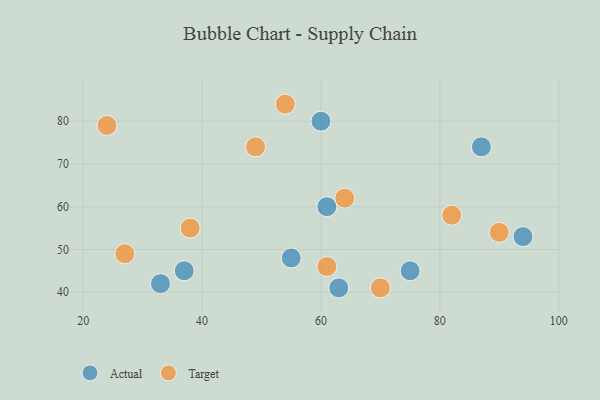
{"axis": {"x": "GDP", "y": "Life Expectancy"}, "legend": ["Actual", "Target"], "data": [{"x": "33", "y": 42, "type": "Actual"}, {"x": "60", "y": 80, "type": "Actual"}, {"x": "61", "y": 60, "type": "Actual"}, {"x": "87", "y": 74, "type": "Actual"}, {"x": "94", "y": 53, "type": "Actual"}, {"x": "37", "y": 45, "type": "Actual"}, {"x": "55", "y": 48, "type": "Actual"}, {"x": "75", "y": 45, "type": "Actual"}, {"x": "63", "y": 41, "type": "Actual"}, {"x": "38", "y": 55, "type": "Target"}, {"x": "82", "y": 58, "type": "Target"}, {"x": "54", "y": 84, "type": "Target"}, {"x": "61", "y": 46, "type": "Target"}, {"x": "24", "y": 79, "type": "Target"}, {"x": "27", "y": 49, "type": "Target"}, {"x": "64", "y": 62, "type": "Target"}, {"x": "49", "y": 74, "type": "Target"}, {"x": "70", "y": 41, "type": "Target"}, {"x": "90", "y": 54, "type": "Target"}]}